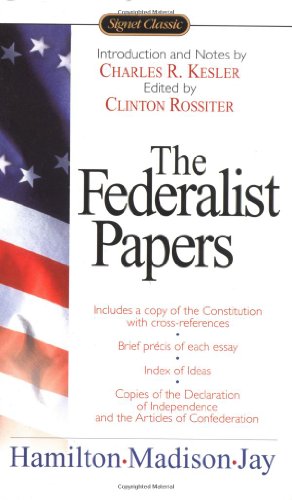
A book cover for The Federalist Papers (Signet Classics); Alexander Hamilton; Literature & Fiction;